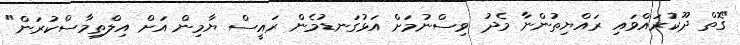
"ގޮތް ދޫކުރައްވައި ރައްޔިތުންނާ މެދު ވިސްނުމަށް އަޅުގަނޑުމެން ރައީސް ޔާމިން އަށް އިލްތިމާސްކުރަން"